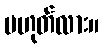
မဟုတ်လား။